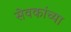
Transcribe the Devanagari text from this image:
सेवकांच्या